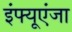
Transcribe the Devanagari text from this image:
इंफ्यूएंजा